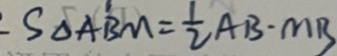
S _ { \Delta A B M } = \frac { 1 } { 2 } A B \cdot M B